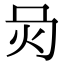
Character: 𤆙